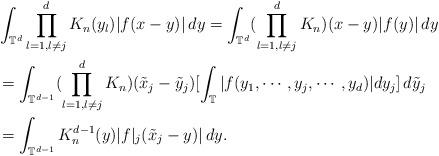
LaTeX: \begin{align*}&\int_{\mathbb{T}^d}\prod_{l=1, l\neq j}^d K_n(y_l)|f(x-y)|\,dy=\int_{\mathbb{T}^d}(\prod_{l=1, l\neq j}^d K_n)(x-y)|f(y)|\,dy \\&=\int_{\mathbb{T}^{d-1}} (\prod_{l=1, l\neq j}^d K_n)(\tilde{x}_j-\tilde{y}_j)[\int_\mathbb{T}|f(y_1,\cdots, y_j,\cdots, y_d)|dy_j]\,d\tilde{y}_j \\&=\int_{\mathbb{T}^{d-1}} K_n^{d-1}(y)|f|_j(\tilde{x}_j-y)|\,dy.\end{align*}